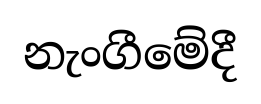
නැංගීමේදී